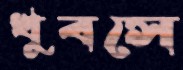
খুবসে